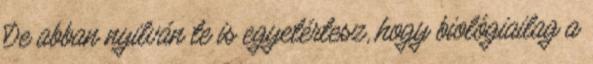
De abban nyilván te is egyetértesz, hogy biológiailag a